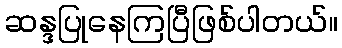
ဆန္ဒပြုနေကြပြီဖြစ်ပါတယ်။